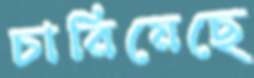
চারিয়েছে